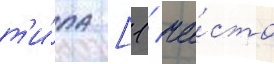
т'и́па [1 / ча́сто